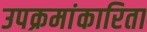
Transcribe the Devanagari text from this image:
उपक्रमांकारिता